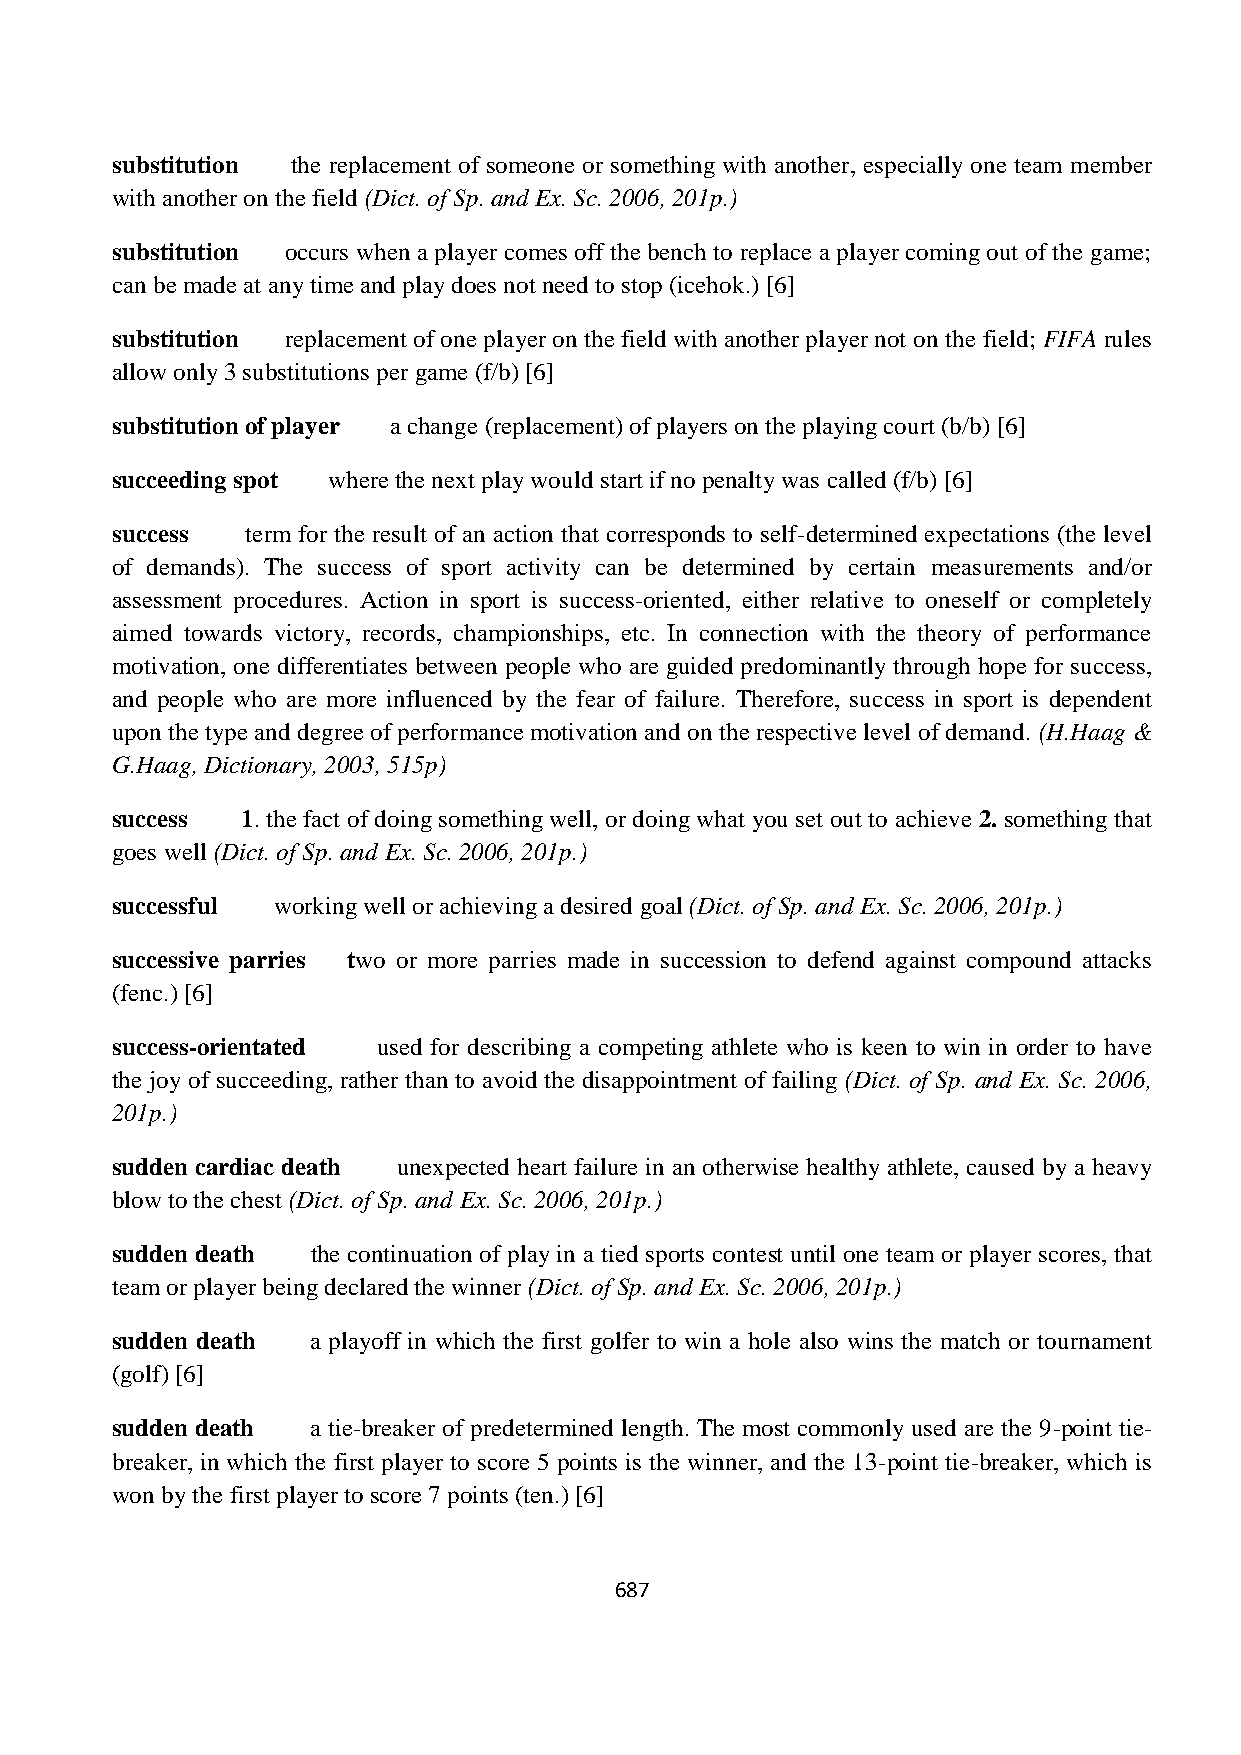
substitution the replacement of someone or something with another, especially one team member
 with another on the field (Dict. of Sp. and Ex. Sc. 2006, 201p.)
 substitution occurs when a player comes off the bench to replace a player coming out of the game;
 can be made at any time and play does not need to stop (icehok.) [6]
 substitution replacement of one player on the field with another player not on the field; FIFA rules
 allow only 3 substitutions per game (f/b) [6]
 substitution of player a change (replacement) of players on the playing court (b/b) [6]
 succeeding spot where the next play would start if no penalty was called (f/b) [6]
 success  term for the result of an action that corresponds to self-determined expectations (the level
 of demands). The success of sport activity can be determined by certain measurements and/or
 assessment procedures. Action in sport is success-oriented, either relative to oneself or completely
 aimed towards victory, records, championships, etc. In connection with the theory of performance
 motivation, one differentiates between people who are guided predominantly through hope for success,
 and people who are more influenced by the fear of failure. Therefore, success in sport is dependent
 upon the type and degree of performance motivation and on the respective level of demand. (H.Haag &
 G.Haag, Dictionary, 2003, 515p)
 success  1. the fact of doing something well, or doing what you set out to achieve 2. something that
 goes well (Dict. of Sp. and Ex. Sc. 2006, 201p.)
 successful working well or achieving a desired goal (Dict. of Sp. and Ex. Sc. 2006, 201p.)
 successive parries two or more parries made in succession to defend against compound attacks
 (fenc.) [6]
 success-orientated used for describing a competing athlete who is keen to win in order to have
 the joy of succeeding, rather than to avoid the disappointment of failing (Dict. of Sp. and Ex. Sc. 2006,
 201p.)
 sudden cardiac death unexpected heart failure in an otherwise healthy athlete, caused by a heavy
 blow to the chest (Dict. of Sp. and Ex. Sc. 2006, 201p.)
 sudden death  the continuation of play in a tied sports contest until one team or player scores, that
 team or player being declared the winner (Dict. of Sp. and Ex. Sc. 2006, 201p.)
 sudden death  a playoff in which the first golfer to win a hole also wins the match or tournament
 (golf) [6]
 sudden death a tie-breaker of predetermined length. The most commonly used are the 9-point tie-
 breaker, in which the first player to score 5 points is the winner, and the 13-point tie-breaker, which is
 won by the first player to score 7 points (ten.) [6]
 687